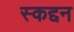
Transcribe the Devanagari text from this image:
स्कद्दन